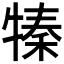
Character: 𤚩